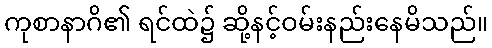
ကုစာနာဂိ၏ ရင်ထဲ၌ ဆို့နင့်ဝမ်းနည်းနေမိသည်။